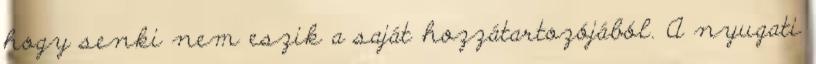
hogy senki nem eszik a saját hozzátartozójából. A nyugati